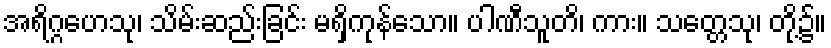
အရိဂ္ဂဟေသု၊ သိမ်းဆည်းခြင်း မရှိကုန်သော။ ပါဏီသူတိ၊ ကား။ သတ္တေသု၊ တို့၌။